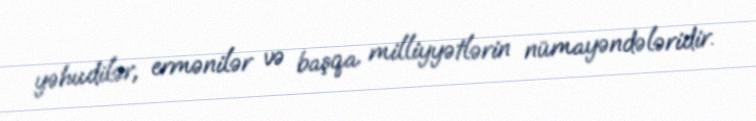
yəhudilər, ermənilər və başqa milliyyətlərin nümayəndələridir.